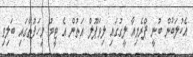
އެކުލަބުން ބުނީ ޕްރެމިއާ ލީގުގައި ލިވަޕޫލް އަތުން އެ ޓީމު މިހަފުތާގައި ބަލިވި